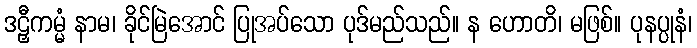
ဒဠှီကမ္မံ နာမ၊ ခိုင်မြဲအောင် ပြုအပ်သော ပုဒ်မည်သည်။ န ဟောတိ၊ မဖြစ်။ ပုနပ္ပုနံ၊